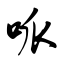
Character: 呱